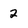
Character: 2